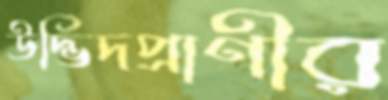
উদ্ভিদপ্রাণীর